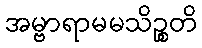
အမ္ဗာရာမမသိဉ္စတိ